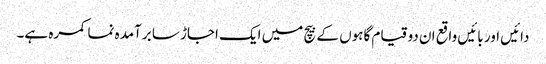
دائیں اور بائیں واقع ان دو قیام گاہوں کے بیچ میں ایک اجاڑ سا برآمدہ نما کمرہ ہے۔